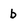
Character: b